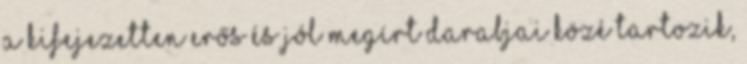
a kifejezetten erős és jól megírt darabjai közé tartozik,